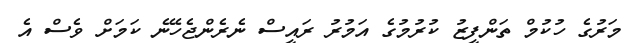
މަރުގެ ހުކުމް ތަންފީޒު ކުރުމުގެ އަމުރު ރައީސް ނެރެންޖެހޭނެ ކަމަށް ވެސް އެ